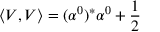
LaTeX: \left\langle V , V \right\rangle = ( \alpha ^ { 0 } ) ^ { * } \alpha ^ { 0 } + \frac { 1 } { 2 }